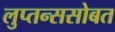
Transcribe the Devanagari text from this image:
लुप्तन्ससोबत